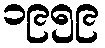
၁၉၅၉